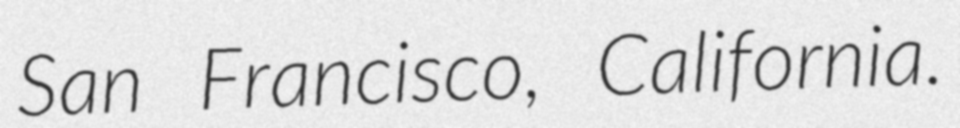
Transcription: San Francisco, California.